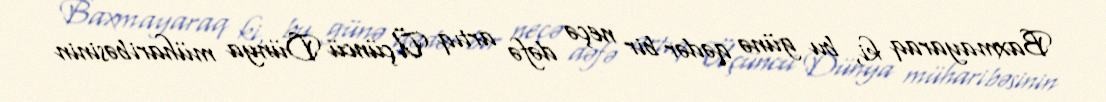
Baxmayaraq ki, bu günə qədər bir neçə dəfə artıq Üçüncü Dünya müharibəsinin